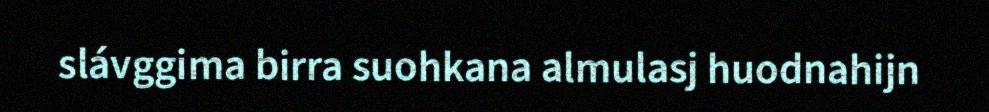
slávggima birra suohkana almulasj huodnahijn